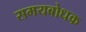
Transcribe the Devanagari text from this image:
समयबोधक